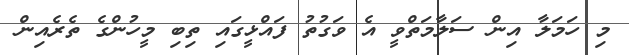
މި ހަމަލާ އިން ސަލާމަތްވީ އެ ވަގުތު ފައްޅީގައި ތިބި މީހުންގެ ތެރެއިން